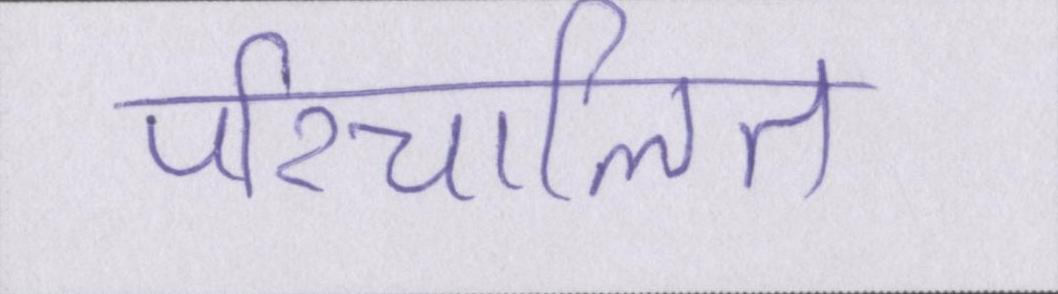
परिचालित